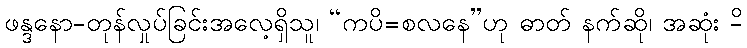
ဖန္ဒနော-တုန်လှုပ်ခြင်းအလေ့ရှိသူ၊ “ကပိ=စလနေ”ဟု ဓာတ် နက်ဆို၊ အဆုံး -ိ